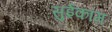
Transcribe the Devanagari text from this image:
सुईकाम